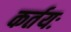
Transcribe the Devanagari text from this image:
कर्तयः